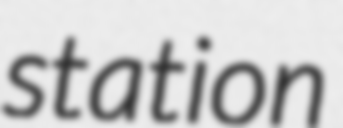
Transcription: station